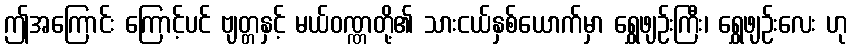
ဤအကြောင်း ကြောင့်ပင် ဗျတ္တနှင့် မယ်ဝဏ္ဏတို့၏ သားငယ်နှစ်ယောက်မှာ ရွှေဖျဉ်းကြီး၊ ရွှေဖျဉ်းလေး ဟု